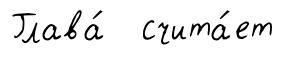
Глава́ счита́ет